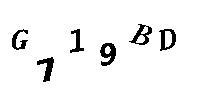
G719BD